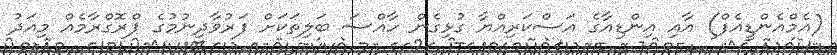
(އެމްއެންޑީއެފް) އާއި އިންޑިއާގެ އަސްކަރިއްޔާ ގުޅިގެން ހާއްސަ ބަލިތަކަށް ފަރުވާދިނުމުގެ ޕްރޮގްރާމެއް މިއަދު